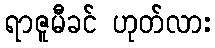
ရာဇူမီခင် ဟုတ်လား